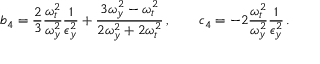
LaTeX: b _ { 4 } = \frac { 2 } { 3 } \frac { \omega _ { t } ^ { 2 } } { \omega _ { y } ^ { 2 } } \frac { 1 } { \epsilon _ { y } ^ { 2 } } + \frac { 3 \omega _ { y } ^ { 2 } - \omega _ { t } ^ { 2 } } { 2 \omega _ { y } ^ { 2 } + 2 \omega _ { t } ^ { 2 } } \, , \qquad c _ { 4 } = - 2 \frac { \omega _ { t } ^ { 2 } } { \omega _ { y } ^ { 2 } } \frac { 1 } { \epsilon _ { y } ^ { 2 } } \, .